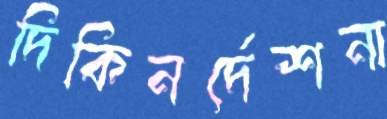
দিকিনর্দেশনা